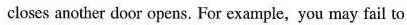
closes another door opens. For example, yoa may fail to